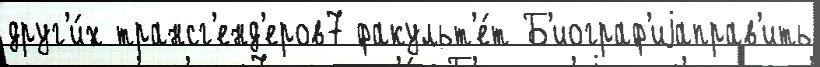
друг'и́х трансг'енд'еров7 факульт'е́т Б'иограф'иjаправ'ить